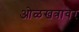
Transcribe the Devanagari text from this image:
ओळखत्रावर